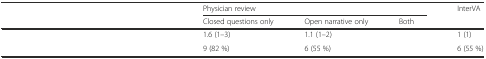
<table><thead><tr><td rowspan="2">[EMPTY_CELL]</td><td colspan="3"><b>Physician review</b></td><td rowspan="2"><b>InterVA</b></td></tr><tr><td><b>Closed questions only</b></td><td><b>Open narrative only</b></td><td><b>Both</b></td></tr></thead><tbody><tr><td>[EMPTY_CELL]</td><td>1.6 (1–3)</td><td>1.1 (1–2)</td><td>[EMPTY_CELL]</td><td>1 (1)</td></tr><tr><td>[EMPTY_CELL]</td><td>9 (82 %)</td><td>6 (55 %)</td><td>[EMPTY_CELL]</td><td>6 (55 %)</td></tr></tbody></table>